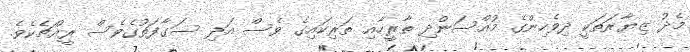
މެދު ޒިޔާރަތަކީ ދިވެހިންގެ މުއްސަންދި ތާރީހާއި ތަރިކައިގެ ވެސް އަދި ސަގާފަތުގެވެސް ރީއްޗެކެވެ.